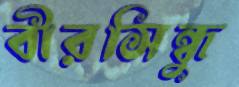
বীরসিন্ধু